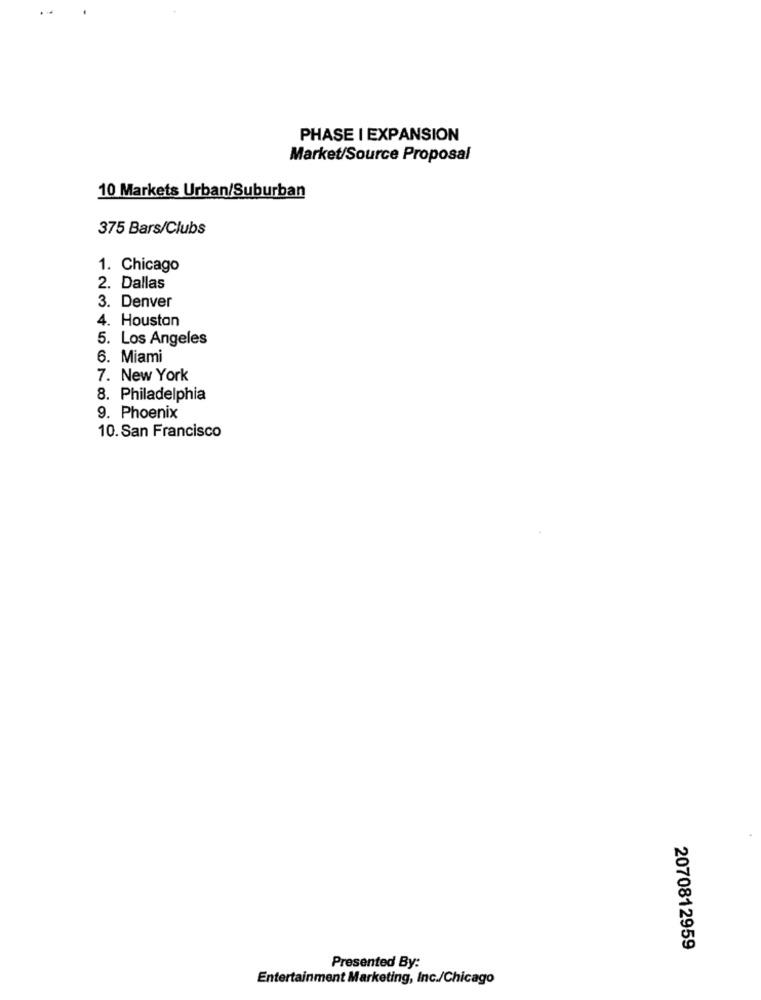
PHASE I EXPANSION
Market/Source Proposal
10 Markets Urban/Suburban
375 Bars/Clubs
1. Chicago
2. Dallas
3. Denver
4. Houston
5. Los Angeles
6. Miami
7. New York
8. Philadelphia
9. Phoenix
10. San Francisco
2070812959
Presented By:
Entertainment Marketing, Inc./Chicago